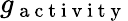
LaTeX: g_{\mathrm{~a~c~t~i~v~i~t~y~}}